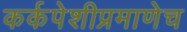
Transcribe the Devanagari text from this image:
कर्कपेशीप्रमाणेच